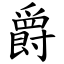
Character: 爵